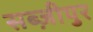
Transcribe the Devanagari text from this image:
सब्ज़ीपुर